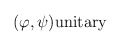
\begin{align*}(\varphi ,\psi ) & \hbox{unitary} \\ \end{align*}